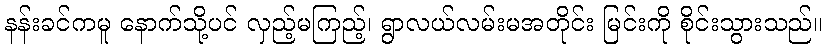
နန်းခင်ကမူ နောက်သို့ပင် လှည့်မကြည့်၊ ရွာလယ်လမ်းမအတိုင်း မြင်းကို စိုင်းသွားသည်။